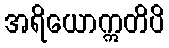
အရိယောဣတိပိ